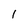
Character: 1